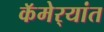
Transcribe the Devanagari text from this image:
कॅमेर्‍यांत